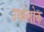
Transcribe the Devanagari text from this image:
उर्ध्वलोक